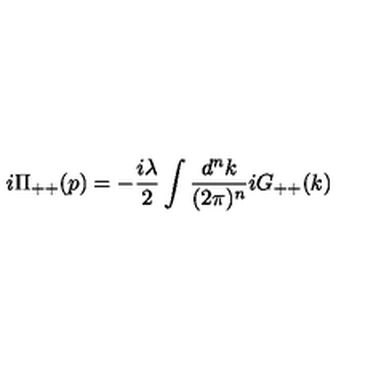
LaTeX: i \Pi _ { + + } ( p ) = - \frac { i \lambda } { 2 } \int \frac { d ^ { n } k } { ( 2 \pi ) ^ { n } } i G _ { + + } ( k )